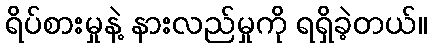
ရိပ်စားမှုနဲ့ နားလည်မှုကို ရရှိခဲ့တယ်။